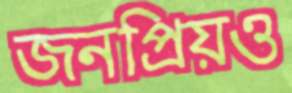
জনপ্রিয়ও